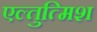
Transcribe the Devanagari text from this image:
एल्तुत्मिश